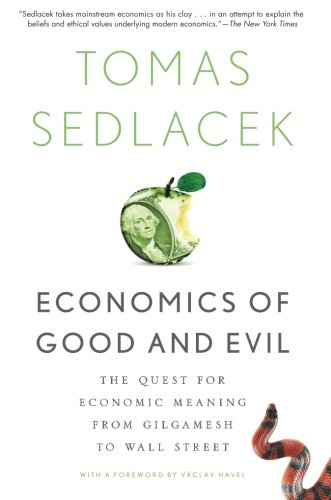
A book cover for Economics of Good and Evil: The Quest for Economic Meaning from Gilgamesh to Wall Street; Tomas Sedlacek; Business & Money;